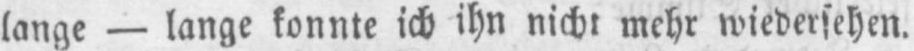
lange - lange konnte ich ihn nicht mehr wiedersehen.